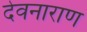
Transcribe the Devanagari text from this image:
देवनाराण